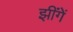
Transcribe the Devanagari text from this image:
झींगें